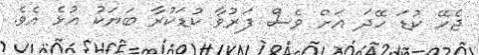
ޖެހޭ ކުޑަ ހޭދަ އަށް ވެސް ފަރުވާ ކުޑަކުރާ ބަޔަކު އުޅެ އެވެ.